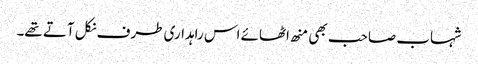
شہاب صاحب بھی منھ اٹھائے اس راہداری طرف نکل آتے تھے۔